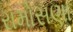
રામોસણા